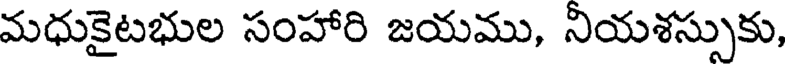
మధుకైటభుల సంహారి జయము, నియశస్సుకు,